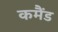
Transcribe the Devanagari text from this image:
कमैंड